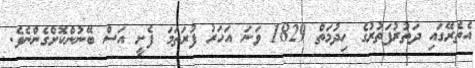
އެތެރޭގައި ދަތުރުފަތުރުގެ ހިދުމަތް 1829 ވަނަ އަހަރު ފުރަތަމަ ފެށީ އަސް ބޭނުންކޮށްގެންނެވެ.